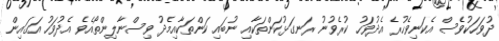
ދުވަހަކުވެސް އެކަނިވެހުރެ އެދުވަހު ކުރެވުނު ރަނގަޅުކަންތަކާއި ނުބައި ކަންތަކާއިމެދު ވިސްނާލިންތޯއެވެ އެދުވަހު އަގައިން